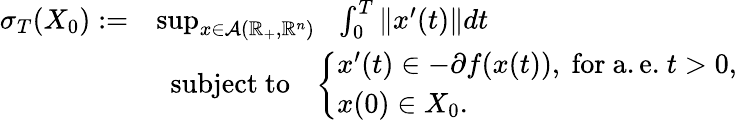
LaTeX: \begin{array}{rl}{\sigma_{T}(X_{0}):=}&{\operatorname*{sup}_{x\in\mathcal{A}(\mathbb{R}_{+},\mathbb{R}^{n})}~~\int_{0}^{T}\| x^{\prime}(t)\| dt}\\ &{~~\mathrm{subject~to}~~~\left\{ \begin{array}{l}{x^{\prime}(t)\in-\partial f(x(t)),~\mathrm{for~a.e.}~t>0,}\\ {x(0)\in X_{0}.}\end{array}\right.}\end{array}